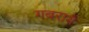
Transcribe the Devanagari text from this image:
गबराये